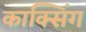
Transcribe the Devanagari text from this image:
काक्सिंग